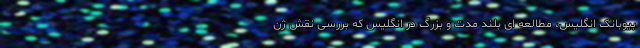
بیوبانک انگلیس، مطالعه ای بلند مدت و بزرگ در انگلیس که بررسی نقش ژن